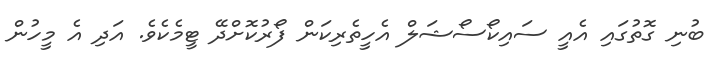
ބުނި ގޮތުގައި އެއީ ސައިކޯސޯޝަލް އެހީތެރިކަން ފޯރުކޮށްދޭ ޓީމެކެވެ. އަދި އެ މީހުން